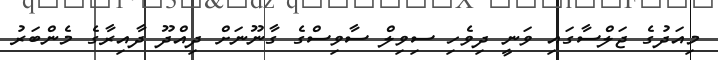
މިއަދުގެ ޖަލްސާގައި ވަނީ ދިވެހި ސިވިލް ސާވިސްގެ ގާނޫނަށް ދިއްދޫ ދާއިރާގެ މެންބަރު